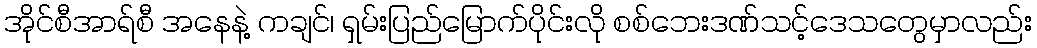
အိုင်စီအာရ်စီ အနေနဲ့ ကချင်၊ ရှမ်းပြည်မြောက်ပိုင်းလို စစ်ဘေးဒဏ်သင့်ဒေသတွေမှာလည်း